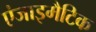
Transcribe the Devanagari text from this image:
एंजाइमैटिक